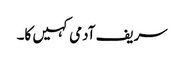
سریف آدمی کہیں کا۔